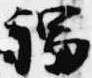
福